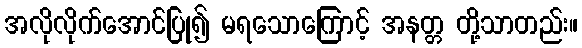
အလိုလိုက်အောင်ပြု၍ မရသောကြောင့် အနတ္တ တို့သာတည်း။